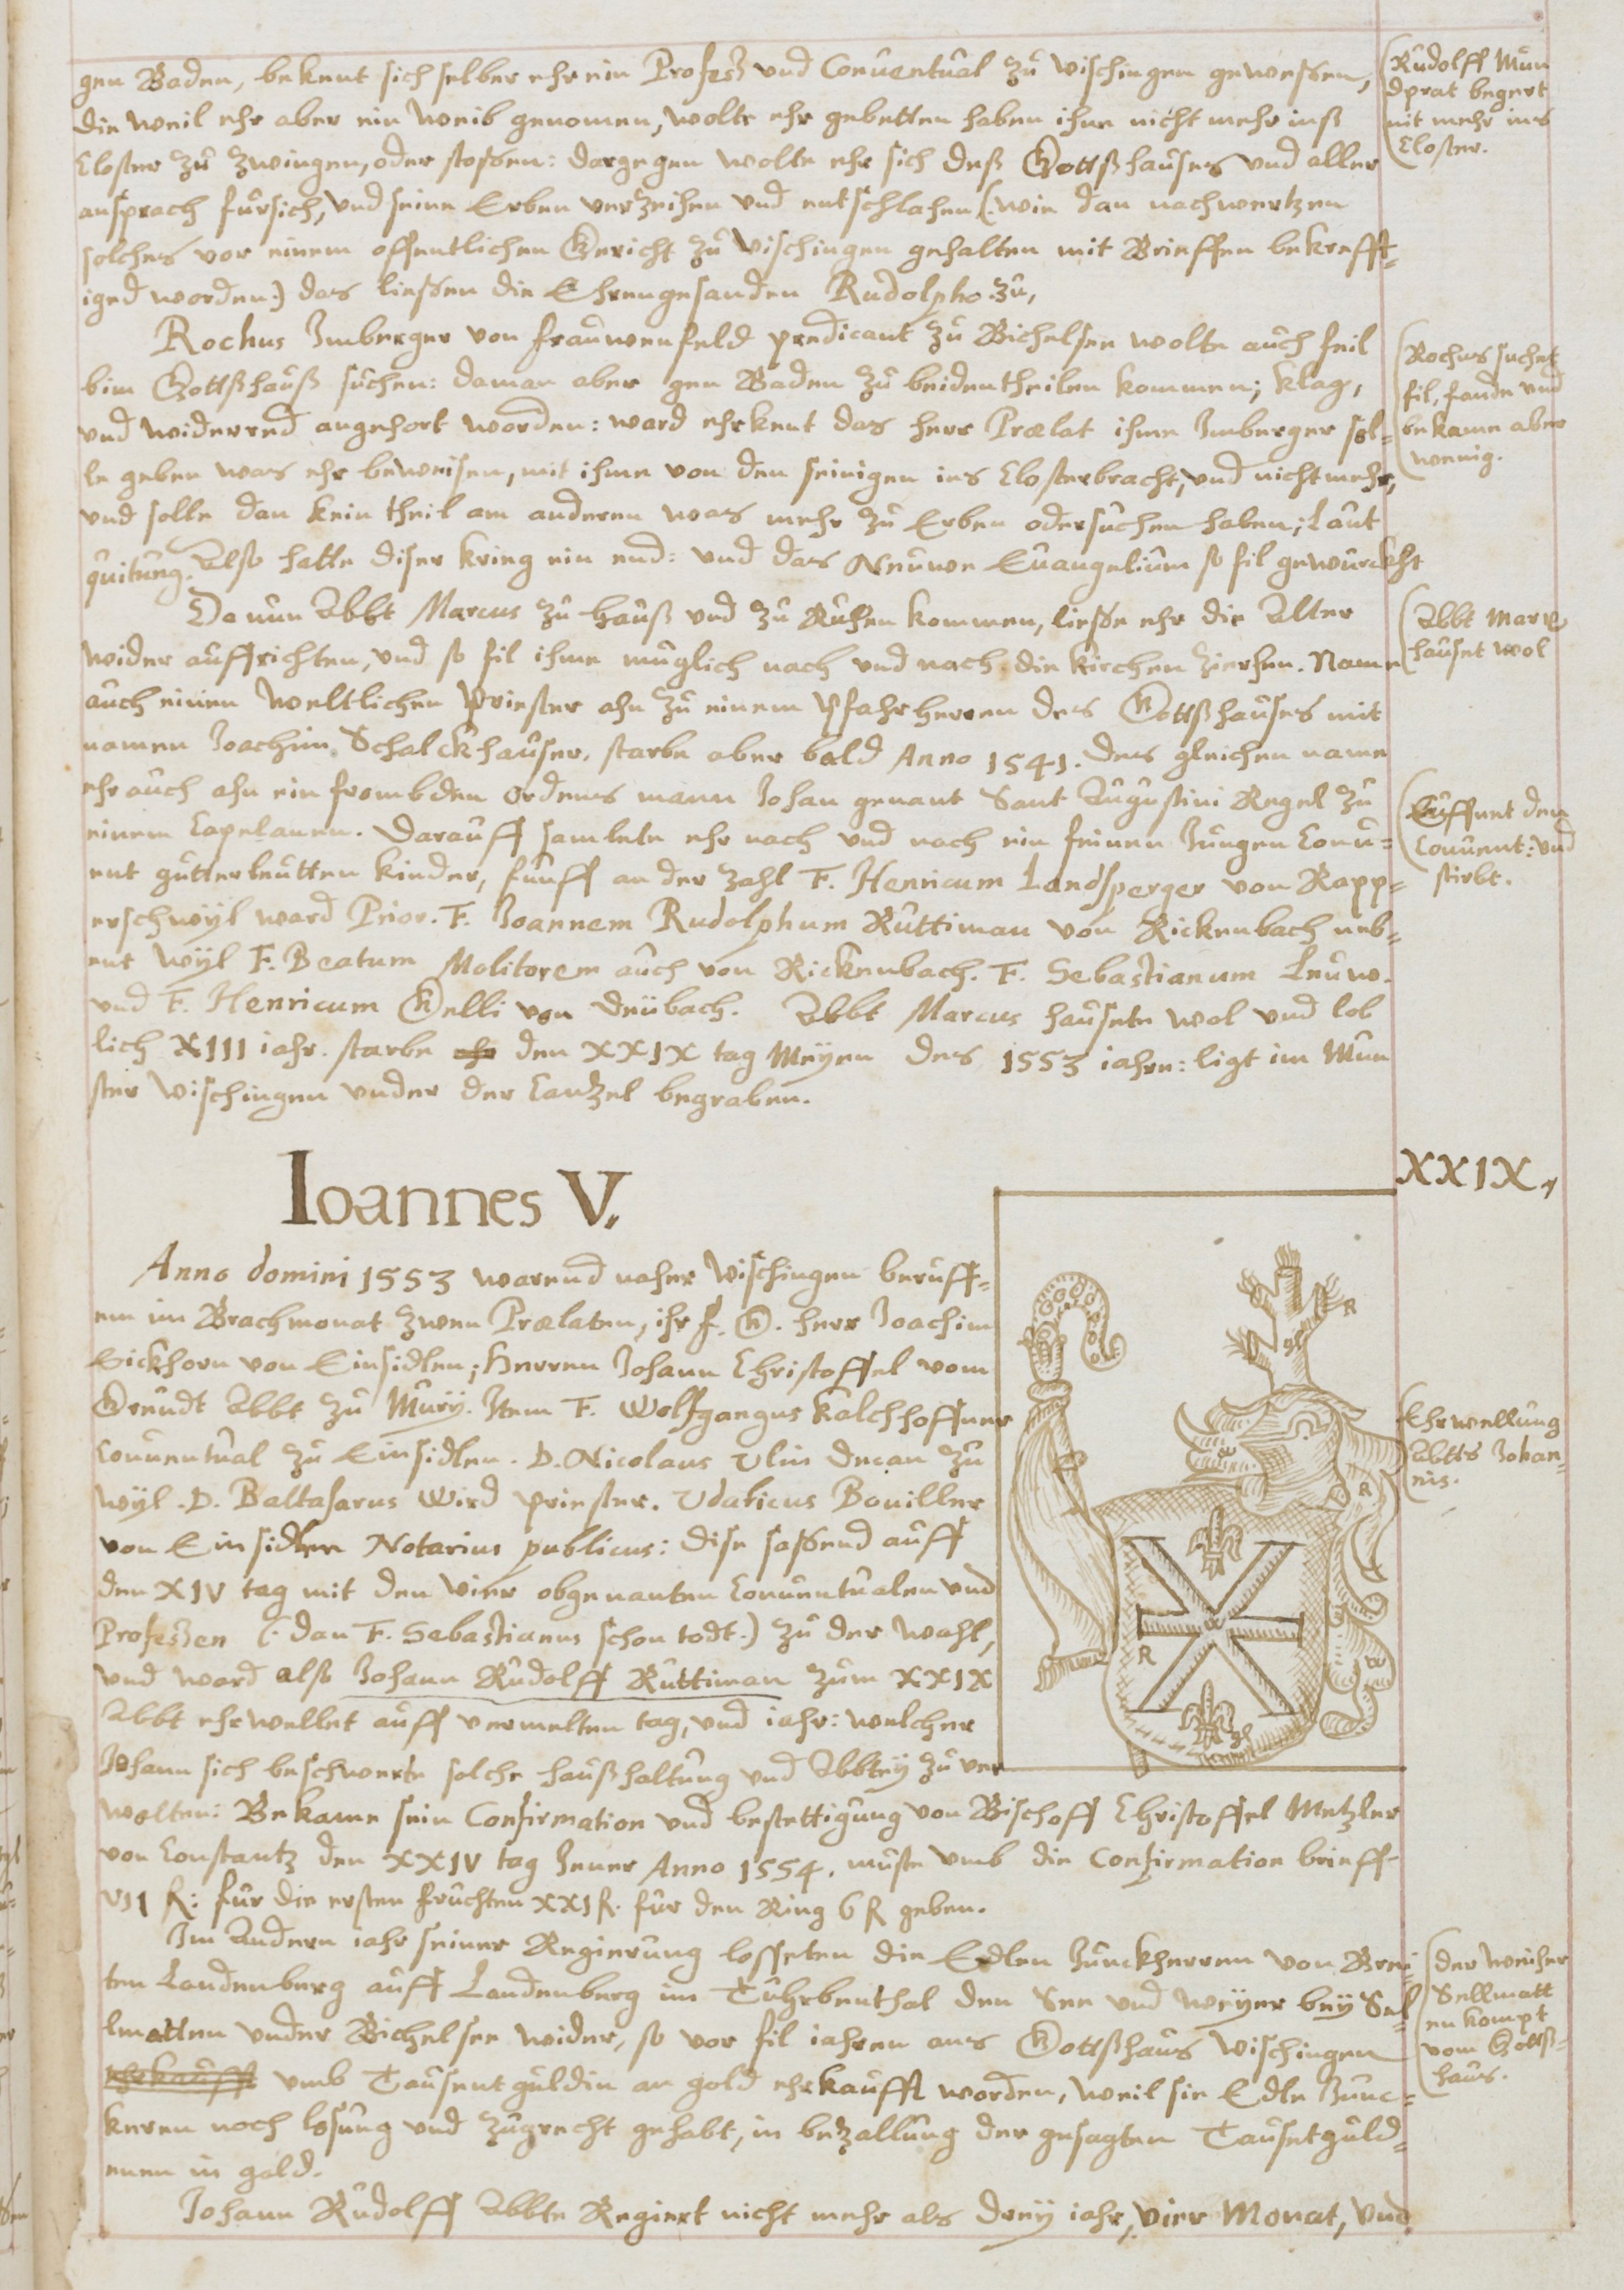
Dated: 1619–1649